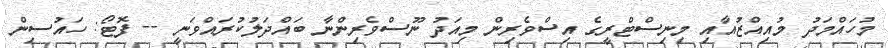
މުހައްމަދު މުއިއްޒުއާއި މިނިސްޓްރީގެ އިސްވެރިން މިއަދު ނޫސްވެެރިންނާ ބައްދަލުކުރައްވަނީ -- ފޮޓޯ: ހައުސިން